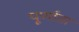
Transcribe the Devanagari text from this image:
पूर्णाता